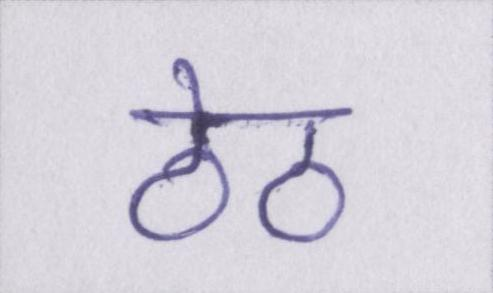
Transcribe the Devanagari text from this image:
ठेठ